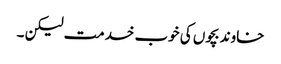
خاوند بچوں کی خوب خدمت لیکن ۔